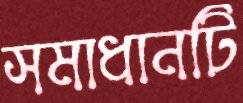
সমাধানটি